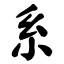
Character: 系